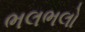
ભલભલો